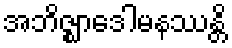
အဘိဇ္ဈာဒေါမနဿန္တိ